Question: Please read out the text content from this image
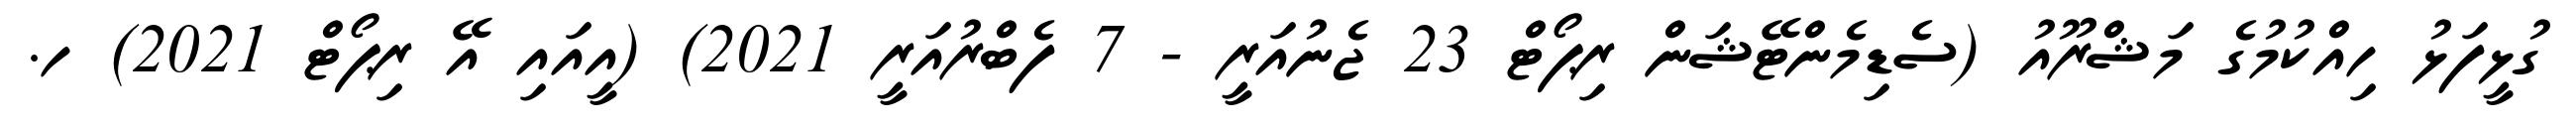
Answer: ގުޅީފަޅު ހިއްކުމުގެ މަޝްރޫއު (ސެޑިމެންޓޭޝަން ރިޕޯޓް 23 ޖެނުއަރީ - 7 ފެބްރުއަރީ 2021) (އީއައި އޭ ރިޕޯޓް 2021) ހ.